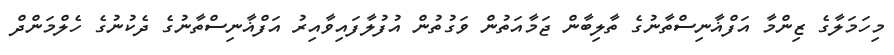
މިހަމަލާގެ ޒިންމާ އަފްޣާނިސްތާނުގެ ތާލިބާން ޖަމާއަތުން ވަގުތުން އުފުލާފައިވާއިރު އަފްޣާނިސްތާނުގެ ދެކުނުގެ ހެލްމަންދް